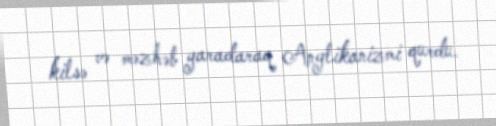
kilsə və məzhəb yaradaraq Anglikanizmi qurdu.